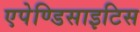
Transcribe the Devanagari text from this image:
एपेण्डिसाइटिस